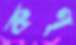
কণ্